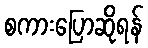
စကားပြောဆိုရန်